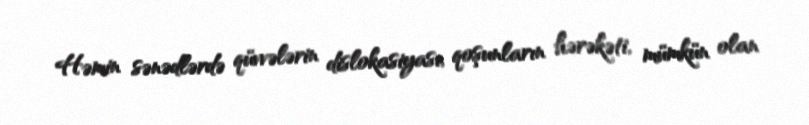
Həmin sənədlərdə qüvvələrin dislokasiyası, qoşunların hərəkəti, mümkün olan